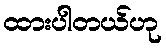
ထားပါတယ်ဟု